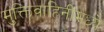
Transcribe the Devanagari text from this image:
मुक्तिवाहिनीमध्ये